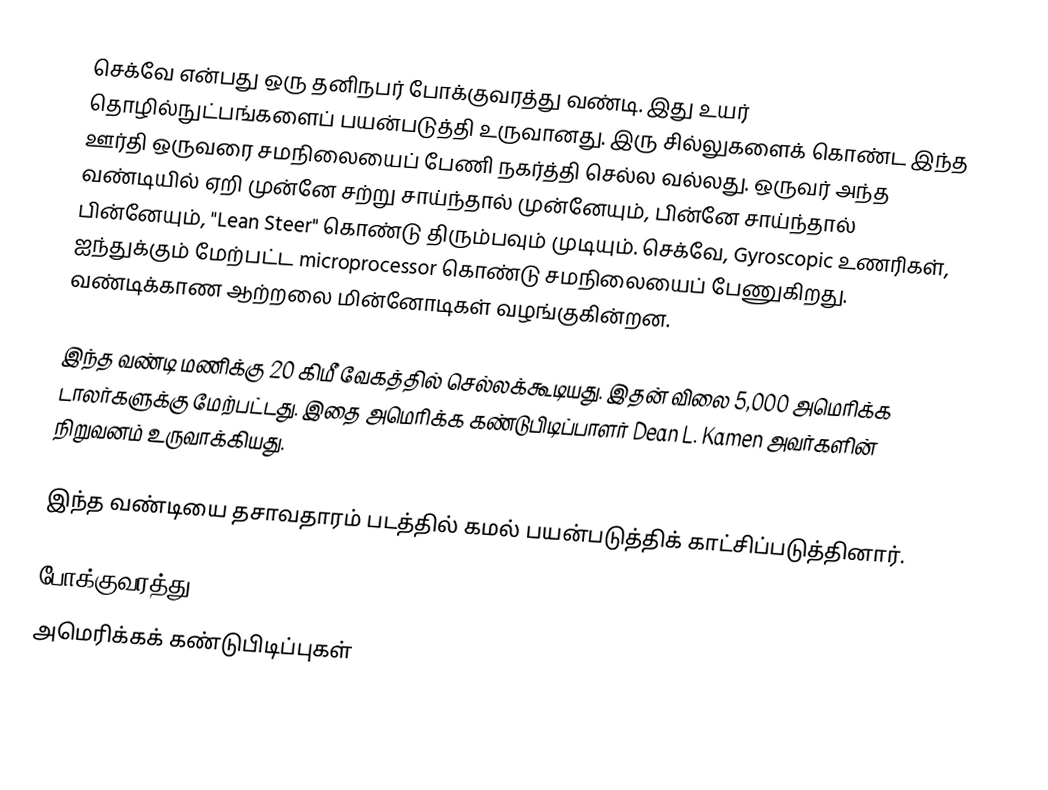
செக்வே என்பது ஒரு தனிநபர் போக்குவரத்து வண்டி. இது உயர் தொழில்நுட்பங்களைப் பயன்படுத்தி உருவானது. இரு சில்லுகளைக் கொண்ட இந்த ஊர்தி ஒருவரை சமநிலையைப் பேணி நகர்த்தி செல்ல வல்லது. ஒருவர் அந்த வண்டியில் ஏறி முன்னே சற்று சாய்ந்தால் முன்னேயும், பின்னே சாய்ந்தால் பின்னேயும், "Lean Steer" கொண்டு திரும்பவும் முடியும். செக்வே, Gyroscopic உணரிகள், ஐந்துக்கும் மேற்பட்ட microprocessor கொண்டு சமநிலையைப் பேணுகிறது. வண்டிக்காண ஆற்றலை மின்னோடிகள் வழங்குகின்றன.

இந்த வண்டி மணிக்கு 20 கிமீ வேகத்தில் செல்லக்கூடியது. இதன் விலை 5,000 அமெரிக்க டாலர்களுக்கு மேற்பட்டது. இதை அமெரிக்க கண்டுபிடிப்பாளர் Dean L. Kamen அவர்களின் நிறுவனம் உருவாக்கியது.

இந்த வண்டியை தசாவதாரம் படத்தில் கமல் பயன்படுத்திக் காட்சிப்படுத்தினார்.

போக்குவரத்து
அமெரிக்கக் கண்டுபிடிப்புகள்